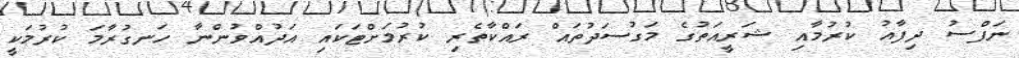
ނަފްސު ދިފާއު ކުރުމާއި ޝަރީއަތުގެ މަގުސަދުތައް ރައްކާތެރި ކުރުމަށްޓަކައި އަދުއްވުންނާ ހަނގުރާމަ ކުރުމަކީ